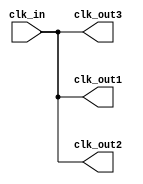
module clock_buffer (
    input wire clk_in,            // Single-ended clock input
    output wire clk_out1,        // First output clock
    output wire clk_out2,        // Second output clock (can be extended)
    output wire clk_out3         // Third output clock (can be extended)
);

// Internal signal for buffered clock
wire clk_buf;

// Buffering the clock signal
assign clk_buf = clk_in;

// Drive the output clocks
assign clk_out1 = clk_buf;
assign clk_out2 = clk_buf;
assign clk_out3 = clk_buf;

// Optional: Add a simple delay to simulate propagation delay
// Uncomment the following lines if you want to introduce a delay
/*
reg clk_out1_reg, clk_out2_reg, clk_out3_reg;
always @(posedge clk_buf) begin
    clk_out1_reg <= clk_buf;
    clk_out2_reg <= clk_buf;
    clk_out3_reg <= clk_buf;
end

assign clk_out1 = clk_out1_reg;
assign clk_out2 = clk_out2_reg;
assign clk_out3 = clk_out3_reg;
*/

endmodule